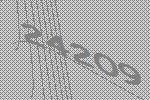
24209